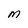
Character: M